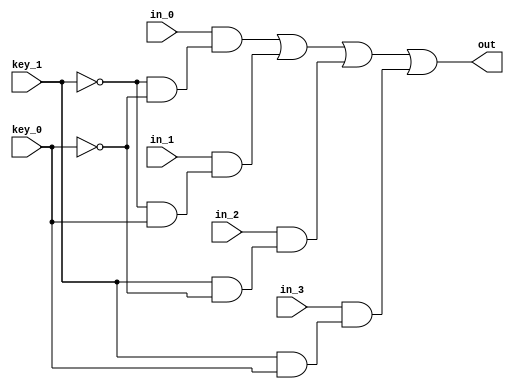
module MUX(in_0,in_1,in_2,in_3,out,key_0,key_1);
  input in_0,in_1,in_2,in_3;
  input key_0,key_1;
  output out;
  wire in_0,in_1,in_2,in_3;
  wire key_0,key_1,k_b_0,k_b_1;
  wire n_0,n_1,n_2,n_3;
  wire s_0,s_1,s_2,s_3;
  wire out;
  or OR (out, n_0, n_1, n_2, n_3);
  and AND0 (n_0, in_0, s_0);
  and AND1 (n_1, in_1, s_1);
  and AND2 (n_2, in_2, s_2);
  and AND3 (n_3, in_3, s_3);
  not NOT0 (k_b_0, key_0);
  not NOT1 (k_b_1, key_1);
  and sAND0 (s_0, k_b_1, k_b_0);
  and sAND1 (s_1, k_b_1, key_0);
  and sAND2 (s_2, key_1, k_b_0);
  and sAND3 (s_3, key_1, key_0);
endmodule